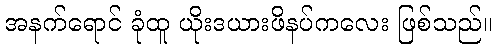
အနက်ရောင် ခုံထူ ယိုးဒယားဖိနပ်ကလေး ဖြစ်သည်။